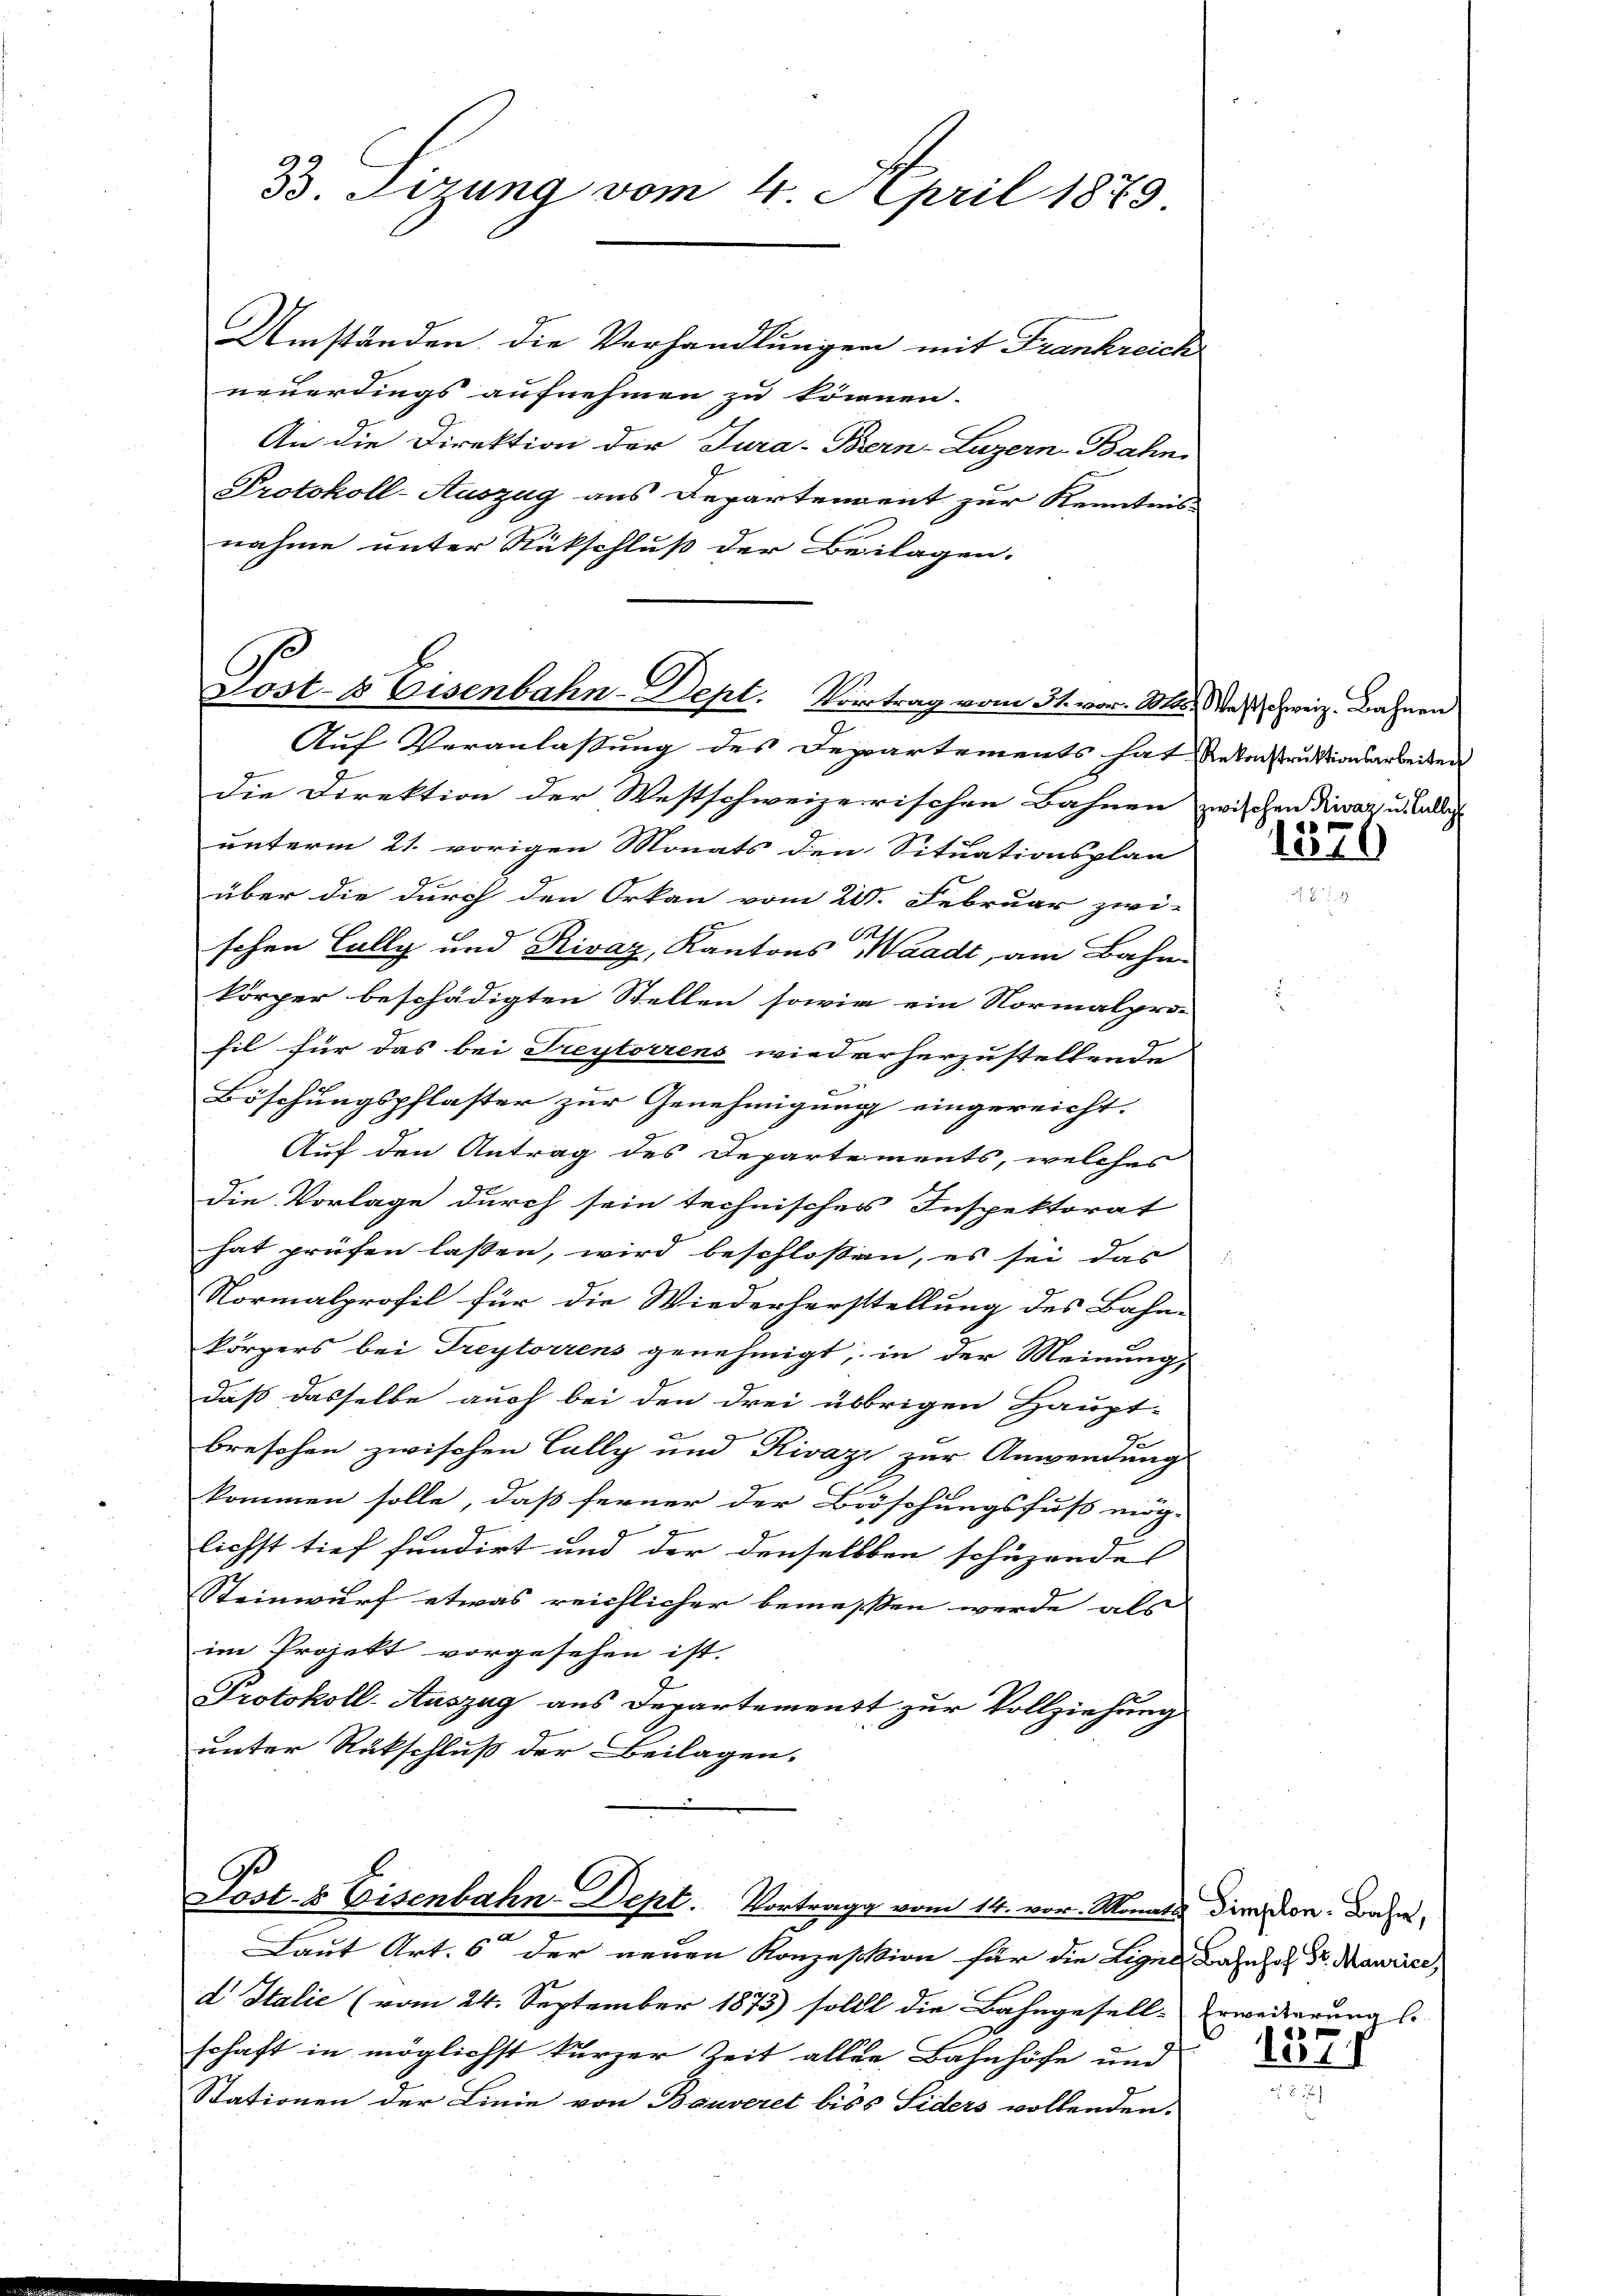
B. Sizung vom 4. April 1873
Umständen die Verhandlungen mit Frankreich

neuerdings aufnehmen zu können.
An die Direktion der Jura-Bern-Luzern Bahn
Protokoll-Auszug aus Departement zur Kenntnis
nahme unter Rückschluß der Beilagen.

Past- & Eisenbahn-Dept. Vortrag vom 31. vor. Mts. das schweiz. Bahnen

Pact. & Eisenbahn-Dept. Vortrage vom 14. vor. Monats die von Bahn,
Laut Art. 6 der neuen Konzession für die Ligen Bahnhof Dr. Maurice,

Auf Veranlassung des Departements hat Antonstruktionsarbeiten
Die Direktion der Westschweizerischen Bahnen zwischen Rivaz u. alle
unterm 21. vorigen Monats den Situationsplan
über die durch den Orkan vom 21. Februar zwi-
A
schen Cally und Rivaz, Kantons Waadt, am Bahn-
körper beschädigten Stellen sowie ein Normalpro-
fil für das bei Freytoirens wiederherzustellende
Böschungspflaster zur Genehmigung eingereicht.
Auf den Antrag des Departements, welches
die Vorlage durch sein technisches Inspektorat
hat prüfen lassen, wird beschloßen, es sei das
Normalprofil für die Wiederherstellung des Bahn-
körpers bei Freytorrens genehmigt; in der Meinung,
daß dasselbe auch bei den drei übrigen Haupt-
d
breschen zwischen Cally und Rivazi zur Anwendung
kommen solle, daß ferner der Böschungsfuß mög-
lichst tief fundirt und der denselben schüzende
Steinwurf etwas reichlicher bemessen werde als
im Projekt vorgesehen ist. |
Protokoll-Auszug aus Departement zur Vollziehung
unter Rückschluß der Beilagen.

d Italie (vom 24. September 1873) sollt die Bahngesell-Erweiterung l.
schaft in möglichst kurzer Zeit aller Bahnhöfe und
Stationen der Linie von Bauveret biss Siders vollenden.

1370

1371